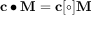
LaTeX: \mathbf { c } \bullet \mathbf { M } = \mathbf { c } [ \circ ] \mathbf { M }